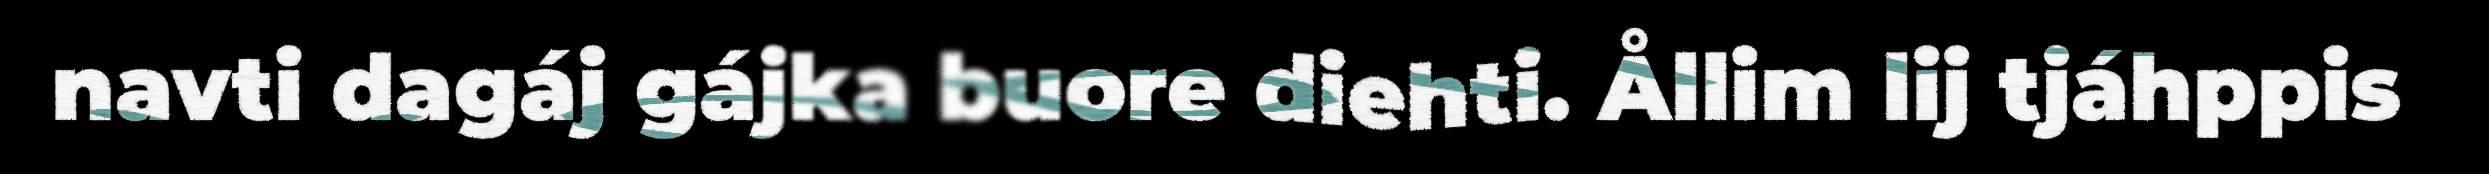
navti dagáj gájka buore diehti. Ållim lij tjáhppis